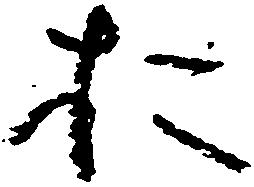
お